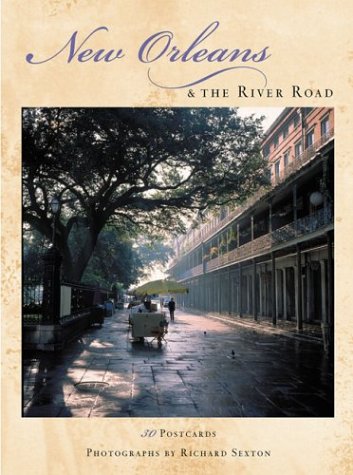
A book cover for New Orleans & the River Road: 30 Postcards; Richard Sexton; Travel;